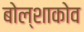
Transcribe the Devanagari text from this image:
बोल्शाकोव